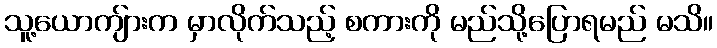
သူ့ယောကျ်ားက မှာလိုက်သည့် စကားကို မည်သို့ပြောရမည် မသိ။